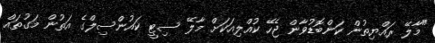
"މާލޭ ރައްޔިތުން ކަންބޮޑުވާން ޖެހޭ ކުއްލިއަކަށް މާލޭ ސިޓީ ކައުންސިލްގެ އަތުން މަގުތައް